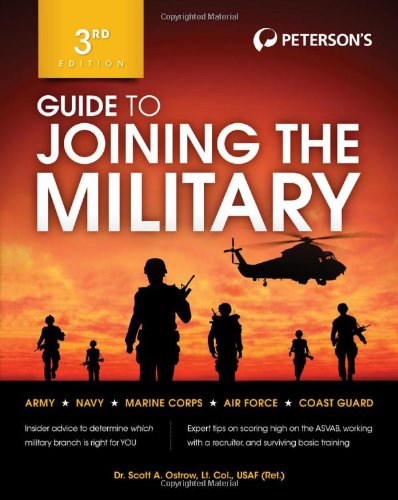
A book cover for Guide to Joining the Military; Scott A. Ostrow; Test Preparation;